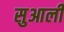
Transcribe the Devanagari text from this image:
सुआली